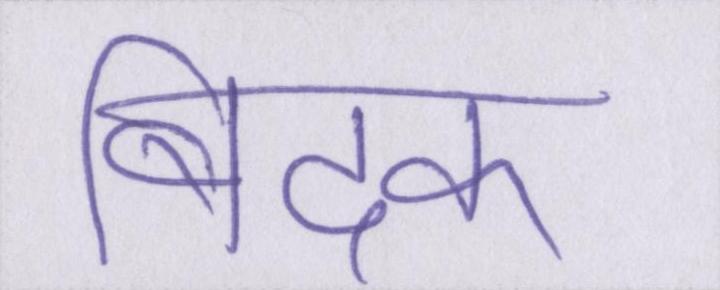
बिदक